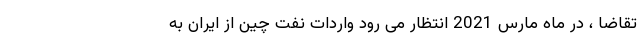
تقاضا ، در ماه مارس 2021 انتظار می رود واردات نفت چین از ایران به